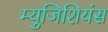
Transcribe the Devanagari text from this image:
म्युजिशियंस